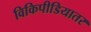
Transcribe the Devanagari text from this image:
विकिपीडियातर